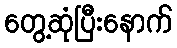
တွေ့ဆုံပြီးနောက်